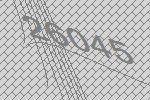
26045